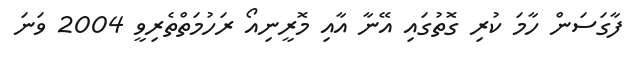
ފާގަސަން ހާމަ ކުރި ގޮތުގައި އޭނާ އާއި މޮރީނިއޯ ރަހުމަތްތެރިވީ 2004 ވަނަ